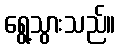
ရွေ့သွားသည်။